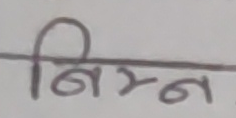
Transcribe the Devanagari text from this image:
निम्न